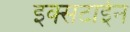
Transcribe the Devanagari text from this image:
इक्सटाईन